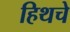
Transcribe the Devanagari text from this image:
हिथचे